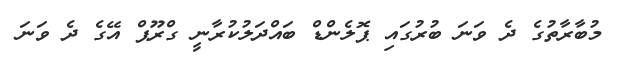
މުބާރާތުގެ ދެ ވަނަ ބުރުގައި ޕޮލެންޑް ބައްދަލުކުރާނީ ގްރޫޕް އޭގެ ދެ ވަނަ